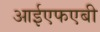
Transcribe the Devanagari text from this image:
आईएफएबी